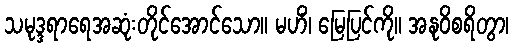
သမုဒ္ဒရာရေအဆုံးတိုင်အောင်သော။ မဟိံ၊ မြေပြင်ကို။ အနုဝိစရိတွာ၊